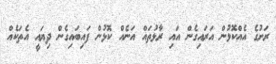
ރަށުގެ އެއްކޮޅުން އަރައިގެން އައި ރާޅުތައް އަނެއް ކޮޅުން ފައިބައިގެން ދިޔައީ އެތަކެއް